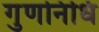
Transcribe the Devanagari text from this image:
गुणनिधि